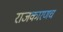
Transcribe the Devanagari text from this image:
राजकारणच